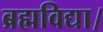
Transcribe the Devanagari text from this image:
ब्रह्मविद्या।